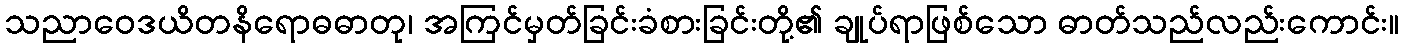
သညာဝေဒယိတနိရောဓဓာတု၊ အကြင်မှတ်ခြင်းခံစားခြင်းတို့၏ ချုပ်ရာဖြစ်သော ဓာတ်သည်လည်းကောင်း။